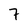
Character: 7